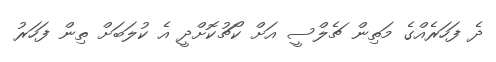
ދެ ފަހަރެއްގެ މަތިން ޗެލްސީ އަށް ކޯޗުކޮށްދީ އެ ކުލަބަށް ތިން ފަހަރު